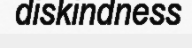
diskindness